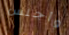
وأجلس